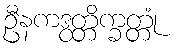
ဦနကဒွတ္တိက္ခတ္တုံ